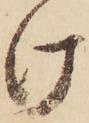
け